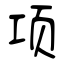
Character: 项